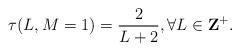
LaTeX: \begin{align*}\tau(L,M=1)=\frac{2}{L+2}, \forall L \in {\bf Z}^+.\end{align*}